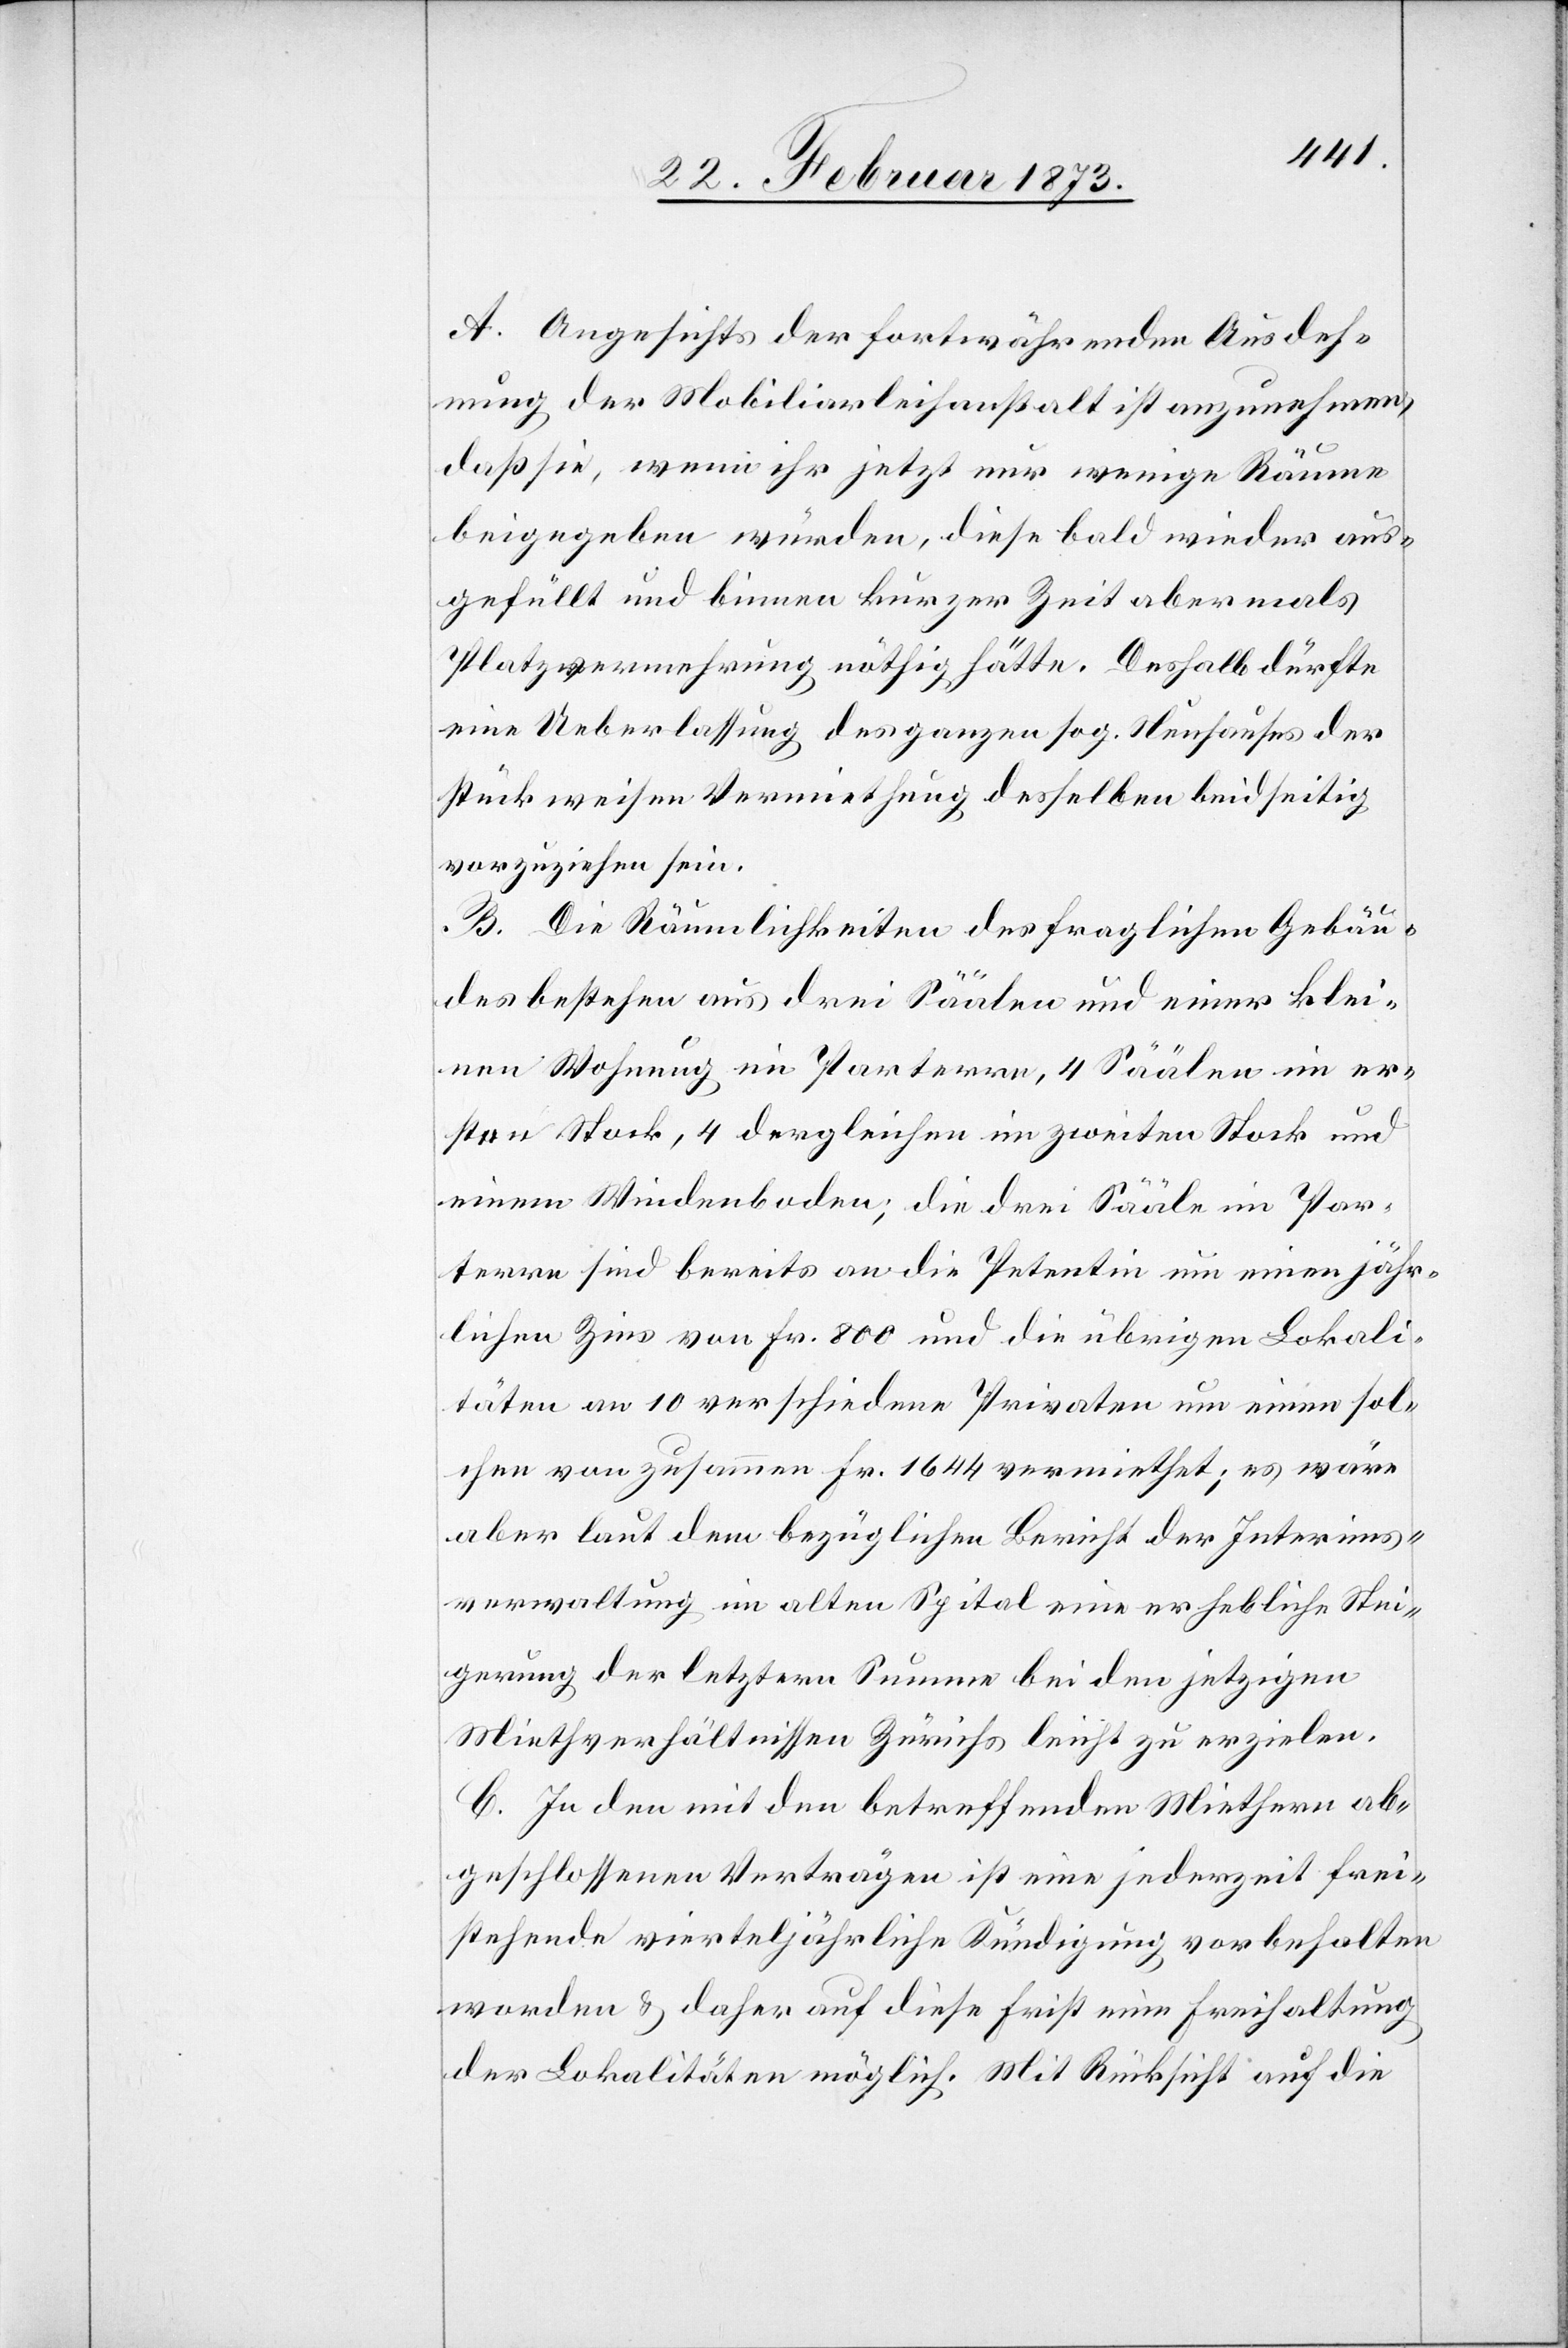
A. Angesichts der fortwährenden Ausdeh¬
nung der Mobiliarleihanstalt ist anzunehmen,
daß sie, wenn ihr jetzt nur wenige Räume
beigegeben würden, diese bald wieder auf¬
gefüllt und binnen kurzer Zeit abermals
Platzvermehrung nöthig hätte. Deshalb dürfte
eine Ueberlassung des ganzen sog. Neuhauses der
stückweisen Vermiethung desselben beidseitig
vorzuziehen sein.
B. Die Räumlichkeiten des fraglichen Gebäu¬
des bestehen aus drei Säälen und einer klei¬
nen Wohnung im Parterre, 4 Säälen im er¬
sten Stock, 4 dergleichen im zweiten Stock und
einem Weidenboden; die drei Sääle im Par¬
terre sind bereits an die Petentin um einen jähr¬
lichen Zins von Fr. 800 und die übrigen Lokali¬
täten an 10 verschiedene Privaten um einen sol¬
chen von zusammen Fr. 1644 vermiethet; es wäre
aber laut dem bezüglichen Bericht der Interims¬
verwaltung im alten Spital eine erhebliche Stei¬
gerung der letztern Summe bei den jetzigen
Miethverhältnissen Zürichs leicht zu erzielen.
C. In den mit den betreffenden Miethern ab¬
geschlossenen Verträgen ist eine jederzeit frei¬
stehende vierteljährliche Kündigung vorbehalten
worden u. daher auf diese Frist eine Freihaltung
der Lokalitäten möglich. Mit Rücksicht auf die